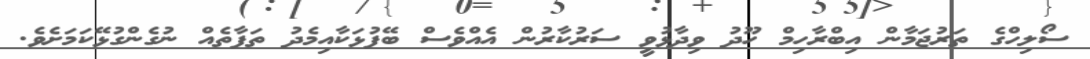
ސޯލިހްގެ ތަރުޖަމާން އިބްރާހިމް ހޫދު ވިދާޅުވީ ސަރުކާރުން އެއްވެސް ބޭފުޅަކާއިމެދު ތަފާތެއް ނުގެންގުޅޭކަމަށެވެ.